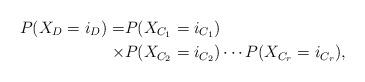
LaTeX: \begin{align*}P(X_D = i_D) = & P(X_{C_1} = i_{C_1}) \\\times & P(X_{C_2} = i_{C_2})\cdots P(X_{C_r} = i_{C_r}),\end{align*}